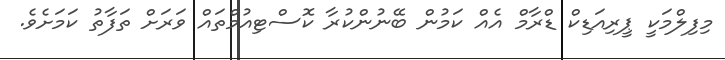
މިފިލްމަކީ ޕީރިއަޑިކް ޑްރާމް އެއް ކަމުން ބޭނުންކުރާ ކޮސްޓިއުމްތައް ވަރަށް ތަފާތު ކަމަށެވެ.